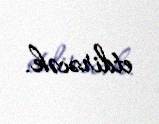
etdirəcək.